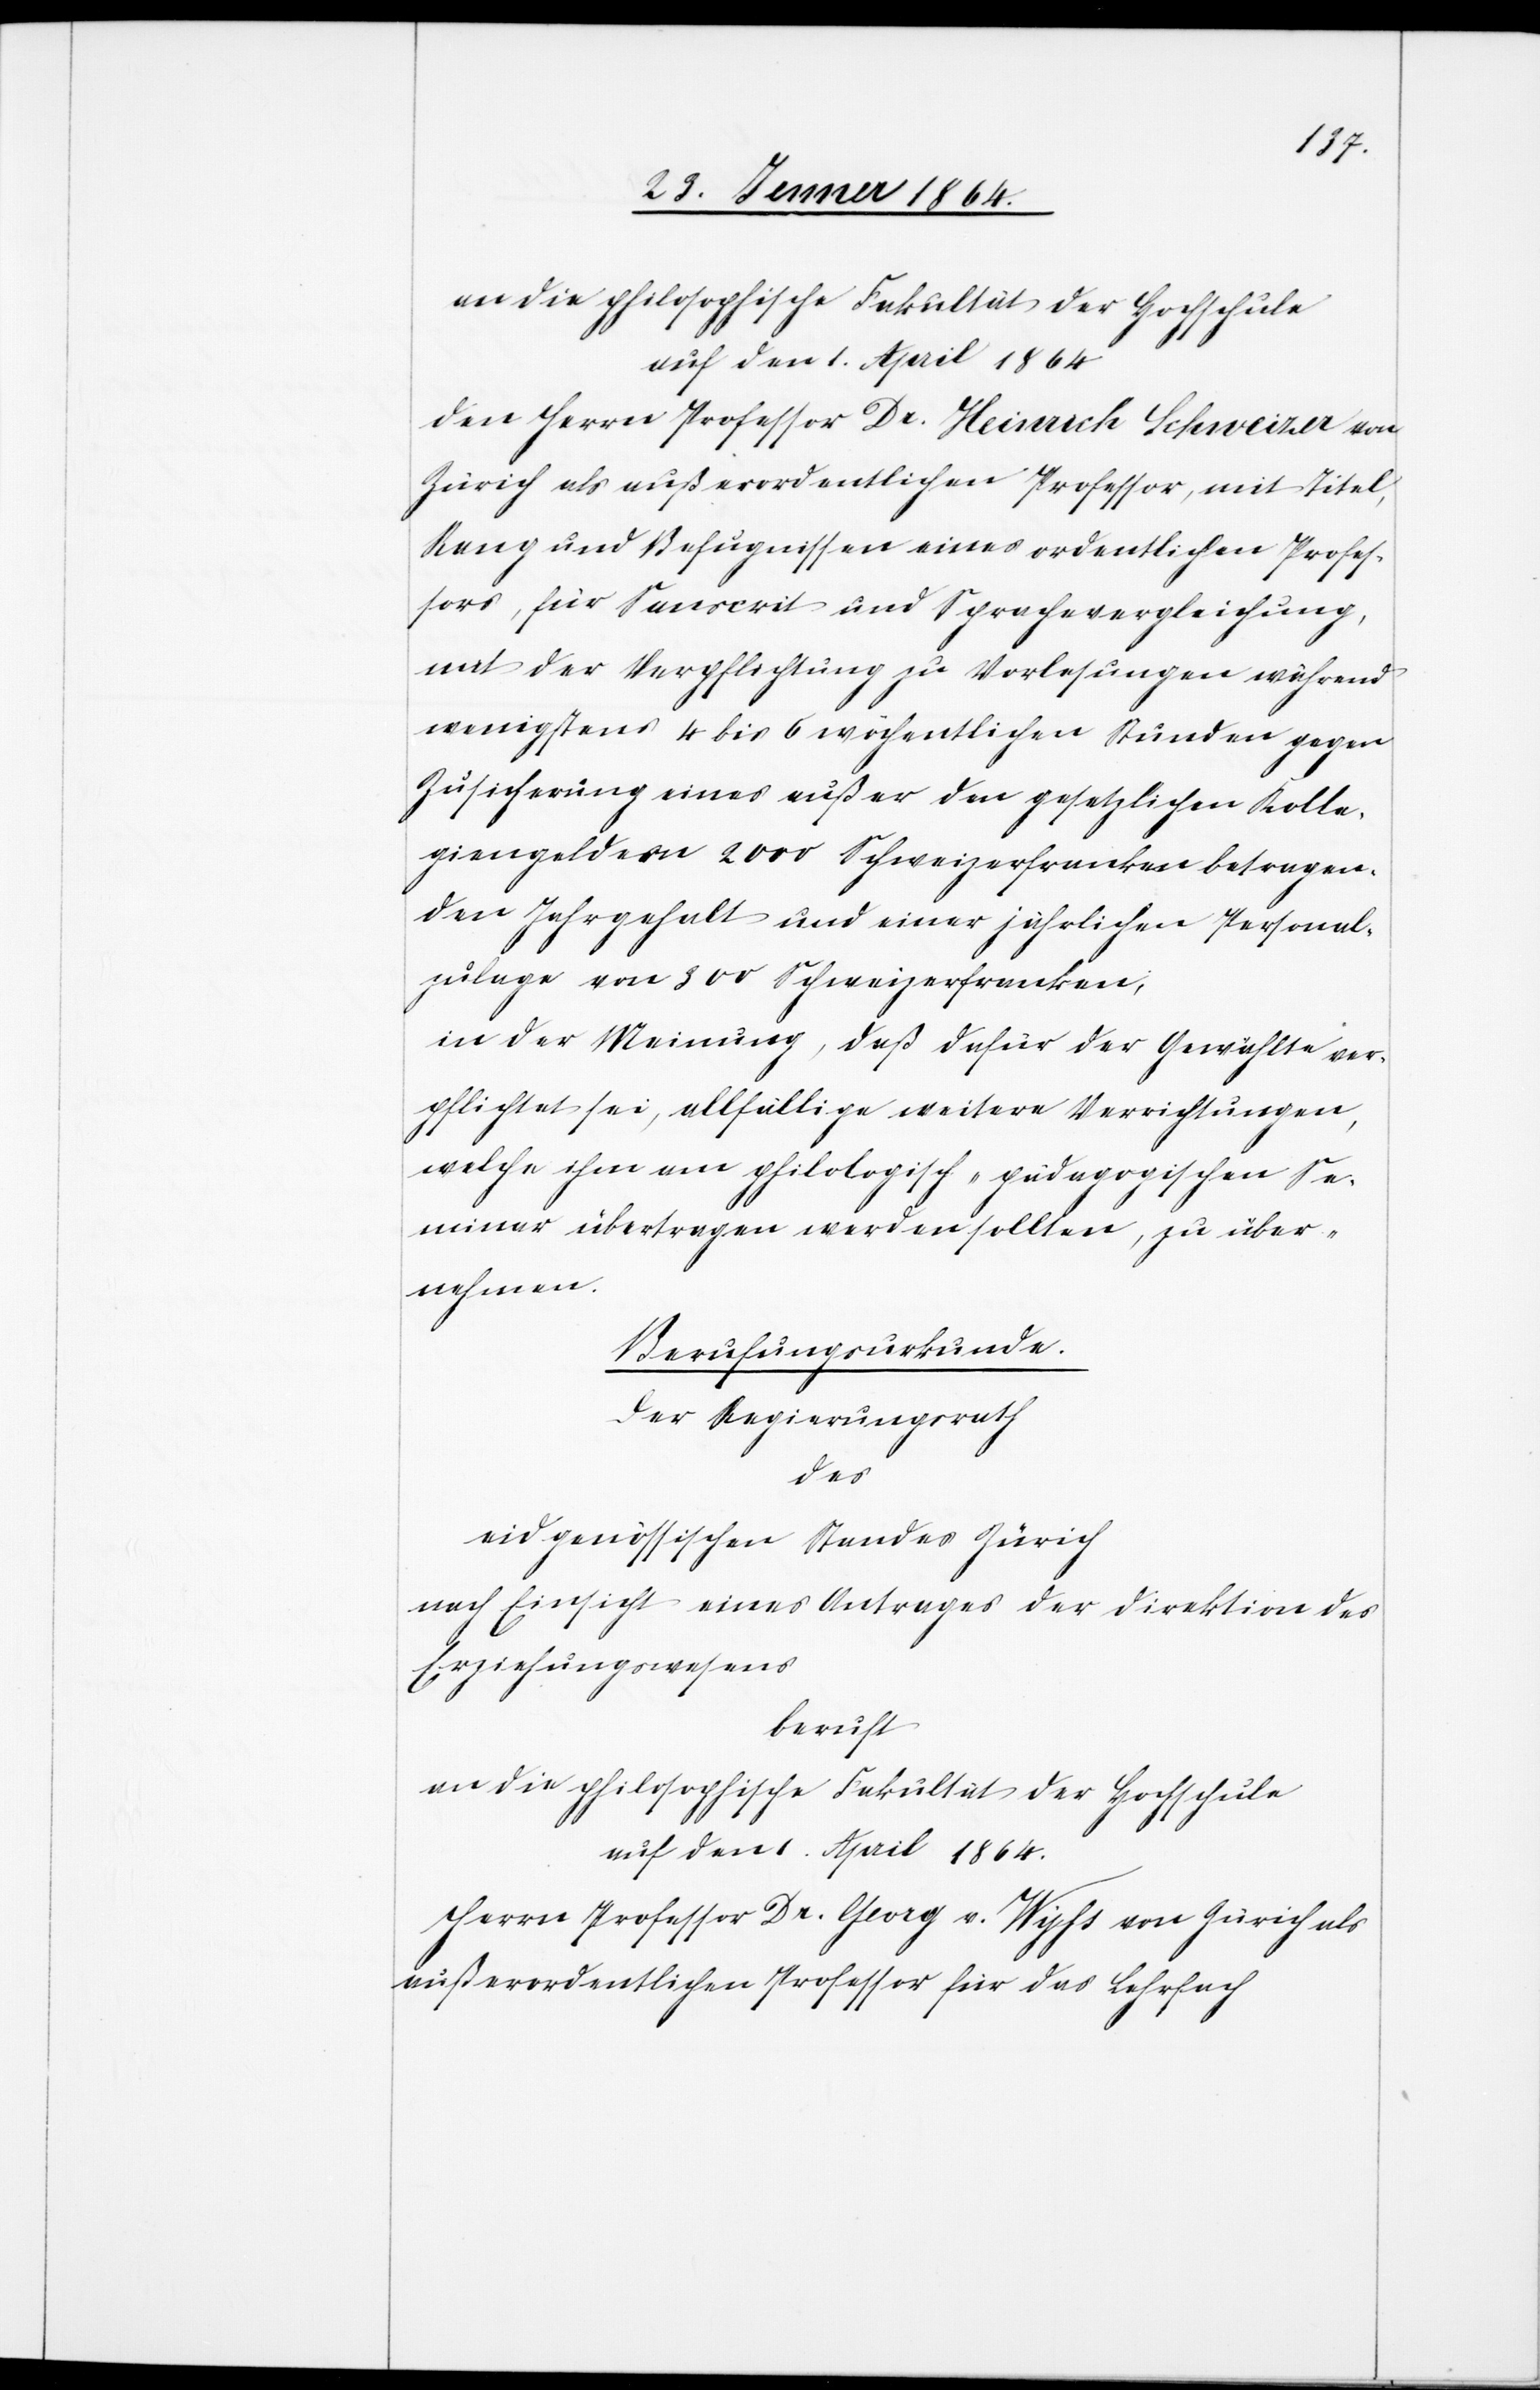
auf den 1. April 1864
den Herrn Professor Dr. Heinrich Schweizer von
Zürich als außerordentlichen Professor, mit Titel,
Rang und Befugnissen eines ordentlichen Profes¬
sors, für Sanscrit und Sprachvergleichung,
mit der Verpflichtung zu Vorlesungen während
wenigstens 4 bis 6 wöchentlichen Stunden gegen
Zusicherung eines außer den gesetzlichen Kolle¬
giengeldern 2000 Schweizerfranken betragen¬
den Jahrgehalt und einer jährlichen Personal¬
zulage von 300 Schweizerfranken;
in der Meinung, daß dafür der Gewählte ver¬
pflichtet sei, allfällige weitere Verrichtungen,
welche ihm am philosophisch-pädagogischen Se¬
minar übertragen werden sollten, zu über¬
nehmen.
Berufungsurkunde.
Der Regierungsrath
des
eidgenössischen Standes Zürich
nach Einsicht eines Antrages der Direktion des
Erziehungswesens
beruft
an die philosophische Fakultät der Hochschule
auf den 1. April 1864.
Herrn Professor Dr. Georg v. Wyhs von Zürich als
außerordentlichen Professor für das Lehrfach